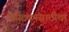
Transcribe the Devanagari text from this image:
पर्यटकांसाठीचा